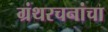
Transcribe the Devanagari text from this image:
ग्रंथरचनांचा